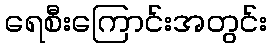
ရေစီးကြောင်းအတွင်း